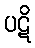
ပဋိ